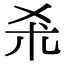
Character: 𣏂